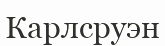
Карлсруэн